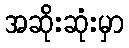
အဆိုးဆုံးမှာ